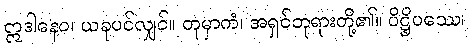
ဣဒါနေဝ၊ ယခုပင်လျှင်။ တုမှာကံ၊ အရှင်ဘုရားတို့၏။ ပိဋ္ဌိပဿေ၊